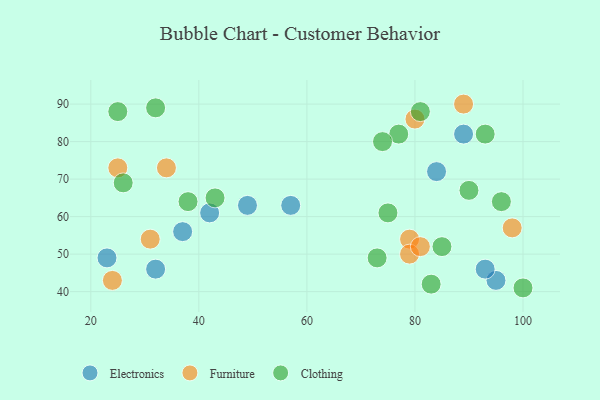
{"axis": {"x": "GDP", "y": "Life Expectancy"}, "legend": ["Clothing", "Electronics", "Furniture"], "data": [{"x": "37", "y": 56, "type": "Electronics"}, {"x": "42", "y": 61, "type": "Electronics"}, {"x": "95", "y": 43, "type": "Electronics"}, {"x": "93", "y": 46, "type": "Electronics"}, {"x": "49", "y": 63, "type": "Electronics"}, {"x": "84", "y": 72, "type": "Electronics"}, {"x": "89", "y": 82, "type": "Electronics"}, {"x": "32", "y": 46, "type": "Electronics"}, {"x": "23", "y": 49, "type": "Electronics"}, {"x": "57", "y": 63, "type": "Electronics"}, {"x": "89", "y": 90, "type": "Furniture"}, {"x": "98", "y": 57, "type": "Furniture"}, {"x": "24", "y": 43, "type": "Furniture"}, {"x": "80", "y": 86, "type": "Furniture"}, {"x": "79", "y": 54, "type": "Furniture"}, {"x": "25", "y": 73, "type": "Furniture"}, {"x": "31", "y": 54, "type": "Furniture"}, {"x": "34", "y": 73, "type": "Furniture"}, {"x": "79", "y": 50, "type": "Furniture"}, {"x": "81", "y": 52, "type": "Furniture"}, {"x": "32", "y": 89, "type": "Clothing"}, {"x": "38", "y": 64, "type": "Clothing"}, {"x": "43", "y": 65, "type": "Clothing"}, {"x": "77", "y": 82, "type": "Clothing"}, {"x": "96", "y": 64, "type": "Clothing"}, {"x": "81", "y": 88, "type": "Clothing"}, {"x": "74", "y": 80, "type": "Clothing"}, {"x": "75", "y": 61, "type": "Clothing"}, {"x": "93", "y": 82, "type": "Clothing"}, {"x": "83", "y": 42, "type": "Clothing"}, {"x": "85", "y": 52, "type": "Clothing"}, {"x": "26", "y": 69, "type": "Clothing"}, {"x": "100", "y": 41, "type": "Clothing"}, {"x": "25", "y": 88, "type": "Clothing"}, {"x": "90", "y": 67, "type": "Clothing"}, {"x": "73", "y": 49, "type": "Clothing"}]}